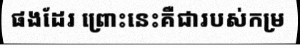
ផងដែរ ព្រោះនេះគឺជារបស់កម្រ